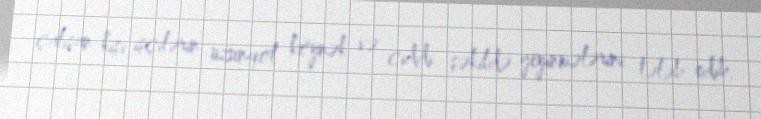
çalışan kişi işçilərin uzunqol köynək və ciddi şəkildə geyinmələrini tələb edib.